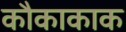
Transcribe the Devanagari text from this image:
कौकाकाक